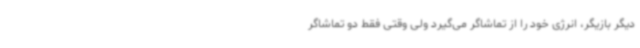
دیگر بازیگر، انرژی خود را از تماشاگر می‌گیرد ولی وقتی فقط دو تماشاگر